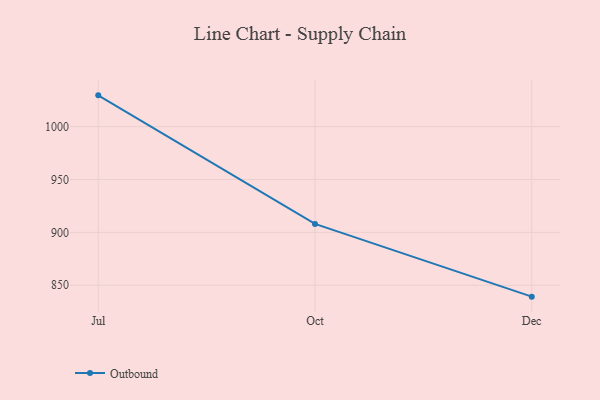
{"axis": {"x": "Month", "y": "Waste Production (Tons)"}, "legend": ["Outbound"], "data": [{"x": "Jul", "y": 1029.6, "type": "Outbound"}, {"x": "Oct", "y": 908.0, "type": "Outbound"}, {"x": "Dec", "y": 839.2, "type": "Outbound"}]}